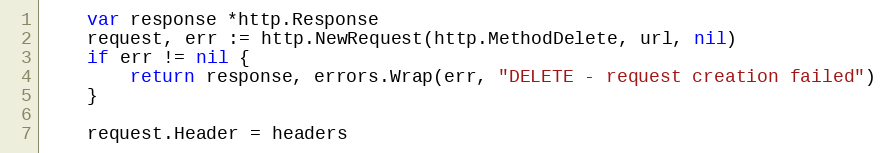
Language: Go
	var response *http.Response
	request, err := http.NewRequest(http.MethodDelete, url, nil)
	if err != nil {
		return response, errors.Wrap(err, "DELETE - request creation failed")
	}

	request.Header = headers